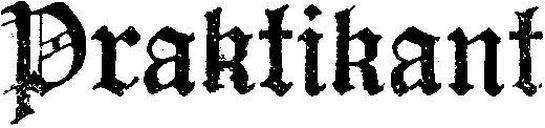
Praktikant